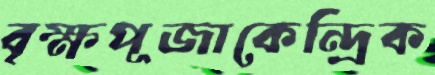
বৃক্ষপূজাকেন্দ্রিক